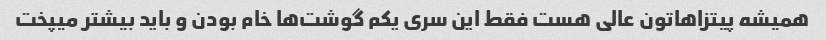
همیشه پیتزاهاتون عالی هست فقط این سری یکم گوشت‌ها خام بودن و باید بیشتر میپخت